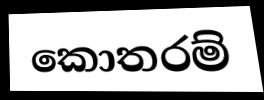
කොතරම්